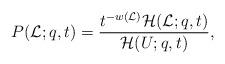
LaTeX: \begin{align*}P(\mathcal{L};q,t)=\frac{t^{-w(\mathcal{L})}\mathcal{H}(\mathcal{L};q,t)}{\mathcal{H}(U;q,t)},\end{align*}